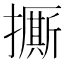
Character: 𱠾